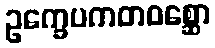
ဥက္ခေပကတဝစ္ဆော